Medical and sanitary report of the native army of Bengal for the year
Year: 1875
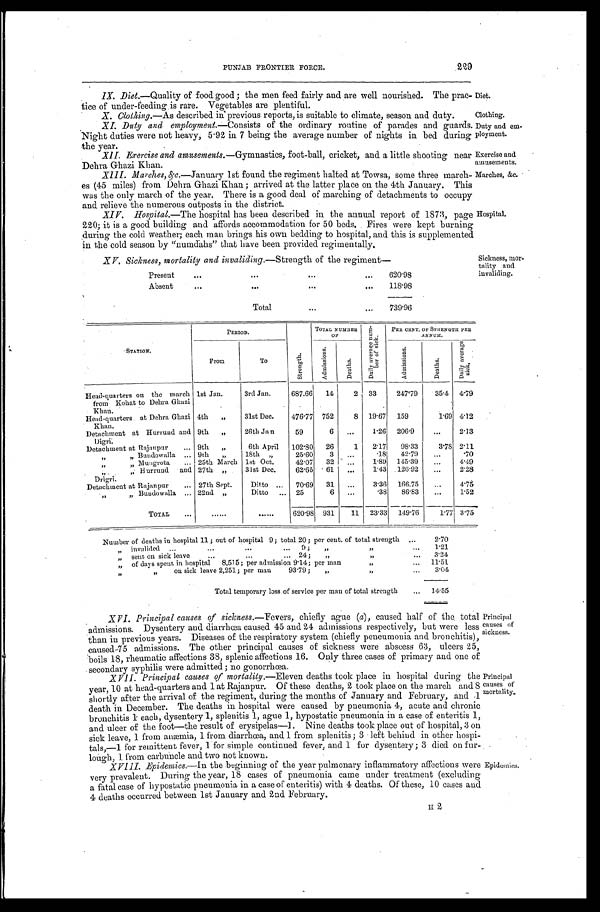
229
PUNJAB FRONTIER FORCE.
IX. Diet.—Quality of food good; the men feed fairly and are well nourished. The prac
-tice of under-feeding is rare. Vegetables are plentiful.
X XI. Duty and employment.—Consists of the ordinary routine of parades and guards. Duty and
during ployment.
Night duties were not heavy, 5.92 in 7 being the average number of nights in bed during
the year.
Diet.
X. Clothing.—As described in previous reports, is suitable to climate season and duty
Clothing.
XII. Exercise and amusements .—Gymnastics, foot-ball, cricket, and a little shooting nea
r Dehra Ghazi Khan.
Exercise and
amusements.
Marches, &c.
XIII. Marches, &c.—January 1st found the regiment halted at Towsa, some three march-
es (45 miles) from Dehra Ghazi Khan; arrived at the latter place on the 4th January. This
was the only march of the year. There is a good deal of marching of detachments to occupy
and relieve the numerous outposts in the district.
XIV. Hospital.—The hospital has been described in the annual report of 1873, page Hospital.
220; it is a good building and affords accommodation for 50 beds,. Fires were kept burning
during the cold weather; each man brings his own bedding to hospital, and this is supplemented
in the cold season by "numdahs" that have been provided regimentally.
XV. Sickness, mortality and invaliding.—Strength of the regiment—
Present
6 2 0 . 9 8
Absent
118.98
Total
739.96
Sickness, mor
-tality and
STATION.
PERIOD.
S t r e n g t h .
TOTAL NUMBER
OF
D a i l y a v e r a g e n u m -
b e r o f s i c k .
PER CENT. OF STRENGTH PER
ANNUM.
From
To
A d m i s s i o n s .
De a t h s .
A d m i s s i o n s .
De a t h s .
D a i l y a v e r a g e s i c k .
Head-quarters on the march
from Kohat to Dehra Ghazi
Khan.
1st Jan.
3rd Jan.
687.66 14
2 33
247.79 35.4 4 . 7 9
Head-quarters at Debra Ghazi
Khan.
4th ,,
31st Dec. 476.77 752
8 19.67 159
1.69 4.12
Detachment at Hurrund and
Digri.
9th ,,
26th Jan
59
1.26 206.9
2.13
Detachment at Rajanpur
9th ,,
6th April 102.80 26
1 2.17 98.33
3.78 2.11
,, ,, Bundowalla
9th ,,
18th ,,
25.60 3
.18 42.79
.70
,, M
ungrota
25th March 1st Oct.
42.07 32
1.89 145.39
4 . 4 9
,, ,, Hurrund and
Drigri.
27th
31st Dec.
62.65 6 1
1.43 .126.92
2 . 2 8
Detachment at Rajanpur
27th Sept. Ditto
70.69 31
3.36 166.75
4 . 7 5
,, ,, Bundowalla
22nd ,,
Ditto
25
6
.38 86.83
1 . 5 2
TOTAL
620.98 931 11 23.33 149.76
1.77 3.75
Number of deaths inh o s p i t a l
1 1 ;
o u t
o f
h o s p i t a l
9 ;
t o t a l 2 0 ; p e r c e n t .
o f
t o t a l s t r e n g t h 2.70
, , i n v a l i d e d 9 ; , , , ,
1.21
, , s e n t
o n
s i c k l e a v e
2 4 ; , ,
, , 3.24
,, of days spent in hospital 8,515; per admission 9.14; per man
1 1 . 5 1
, , o
n s i c k
l e a v e 2 , 2 5 1 ; p e r
m a n
9 3 . 7 9 ;
, , , , 3.04
Total temporary loss of service per man of total strength
1 4 . 5 5
XVI. Principal causes of sickness .—Fevers, chiefly ague (a), caused half of the. total
admissions. Dysentery and diarrhœa caused 45 and 24 admissions respectively, but were less
than in previous years. Diseases of the respiratory system (chiefly peneumonia and bronchitis),
caused 75 admissions. The other principal causes of sickness were abscess 63, ulcers 25,
boils 18, rheumatic affections 38, splenic affections 16. Only three cases of primary and one of
secondary syphilis were admitted; no gonorrhœa.
XVII. Principal causes of mortality .—Eleven deaths took place in hospital during the
year, 10 at head-quarters and 1 at Rajanpur. Of these deaths, 2 took place on the march and 8
shortly after the arrival of the regiment, during the months of January and February, and .1
death in December. The deaths in hospital were caused by pneumonia 4, acute and chronic
bronchitis 1 each, dysentery 1, splenitis 1, ague 1, hypostatic pneumonia in a case of enteritis 1,
and ulcer of the foot—the result of erysipelas—]. Nine deaths took place out of hospital, 3 on
sick leave, 1 from anæmia, 1 from diarrhœa, and 1 from splenitis; 3 left behind in other hospi
- t a l s , — 1 f o r r e m i t t e n t f e v e r , 1 f o r s i m p l e c o n t i n u e d f e v e r , a n d1
for dysentery; 3 died on fur-
1 from carbuncle and two not known.
XVIII. Epidemics.—In the beginning of the year pulmonary inflammatory affections were
very prevalent. During the year, 18 cases of pneumonia came under treatment (excluding
a fatal case of hypostatic pneumonia in a case of enteritis) with 4 deaths. Of these, 10 cases and
4 deaths occurred between 1st January and 2nd February.
Principal
causes of
sickness.
Principal
causes of
mortality.
Epidemics.
2